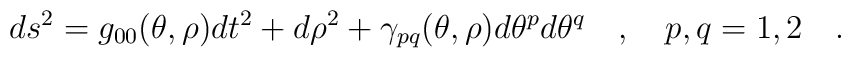
ds^2=g_{00}(\theta,\rho)dt^2+d\rho^2+\gamma_{pq}(\theta,\rho)d\theta^pd\theta^q~~~,{}~~~p,q=1,2~~~.